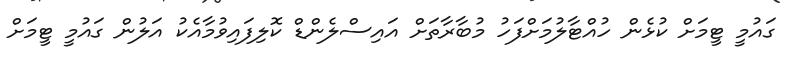
ގައުމީ ޓީމަށް ކުޅެން ހުއްޓާލުމަށްފަހު މުބާރާތަށް އައިސްލެންޑް ކޮލިފައިވުމާއެކު އަލުން ގައުމީ ޓީމަށް